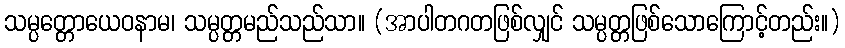
သမ္ပတ္တောယေဝနာမ၊ သမ္ပတ္တမည်သည်သာ။ (အာပါတဂတဖြစ်လျှင် သမ္ပတ္တဖြစ်သောကြောင့်တည်း။)